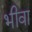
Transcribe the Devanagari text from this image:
भीवा